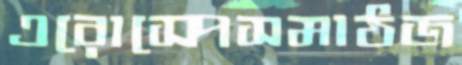
এরোস্পেসমাঠজ